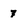
Character: 7